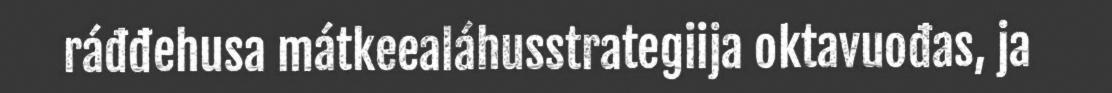
ráđđehusa mátkeealáhusstrategiija oktavuođas, ja